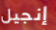
إنجيل